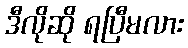
ဒီလိုဆို ရပြီမလား